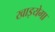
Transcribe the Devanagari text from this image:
खाइयेगा